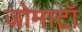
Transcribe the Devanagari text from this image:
जोमाटॉ